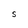
Character: S